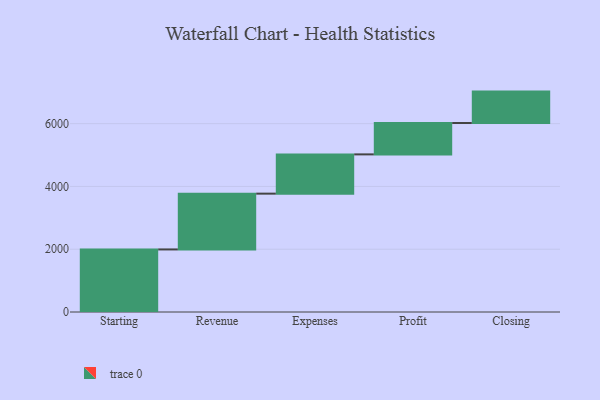
{"axis": {"x": "Step", "y": "Value"}, "legend": [""], "data": [{"x": "Starting", "y": 1993.0, "type": ""}, {"x": "Revenue", "y": 1777.0, "type": ""}, {"x": "Expenses", "y": 1251.0, "type": ""}, {"x": "Profit", "y": 1000, "type": ""}, {"x": "Closing", "y": 1000, "type": ""}]}